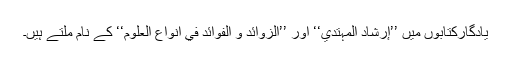
یادگارکتابوں میں ’’إرشاد المہتدي‘‘ اور ’’الزوائد و الفوائد في أنواع العلوم‘‘ کے نام ملتے ہیں۔